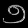
Digit: ၅